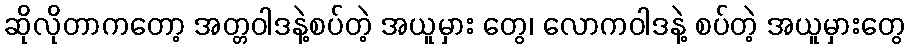
ဆိုလိုတာကတော့ အတ္တဝါဒနဲ့စပ်တဲ့ အယူမှား တွေ၊ လောကဝါဒနဲ့ စပ်တဲ့ အယူမှားတွေ